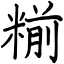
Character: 糋